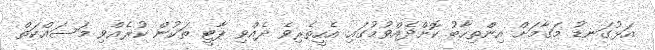
އަޅުގަނޑު މަގާމަށް އިންތިހާބު ކޮށްދެއްވުމުގައި އެހީތެރިވެ ދެއްވި ޕާޓީ ތަކުން ކުރެއްވި މަސައްކަތް